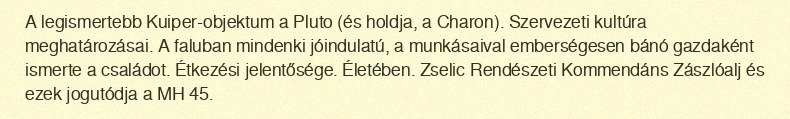
A legismertebb Kuiper-objektum a Pluto (és holdja, a Charon). Szervezeti kultúra meghatározásai. A faluban mindenki jóindulatú, a munkásaival emberségesen bánó gazdaként ismerte a családot. Étkezési jelentősége. Életében. Zselic Rendészeti Kommendáns Zászlóalj és ezek jogutódja a MH 45.